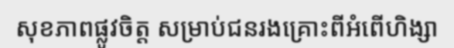
សុខភាពផ្លូវចិត្ត សម្រាប់ជនរងគ្រោះពីអំពើហិង្សា